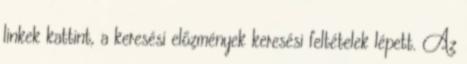
linkek kattint, a keresési előzmények keresési feltételek lépett. Az